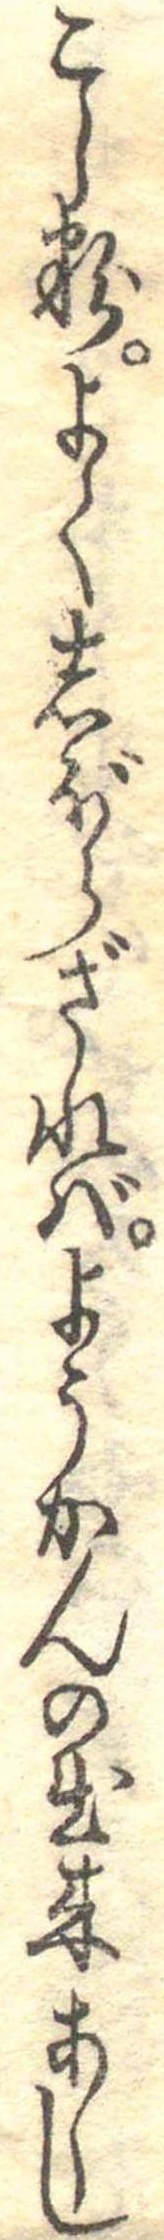
こし粉よくしぼらざればようかんの出来あしし